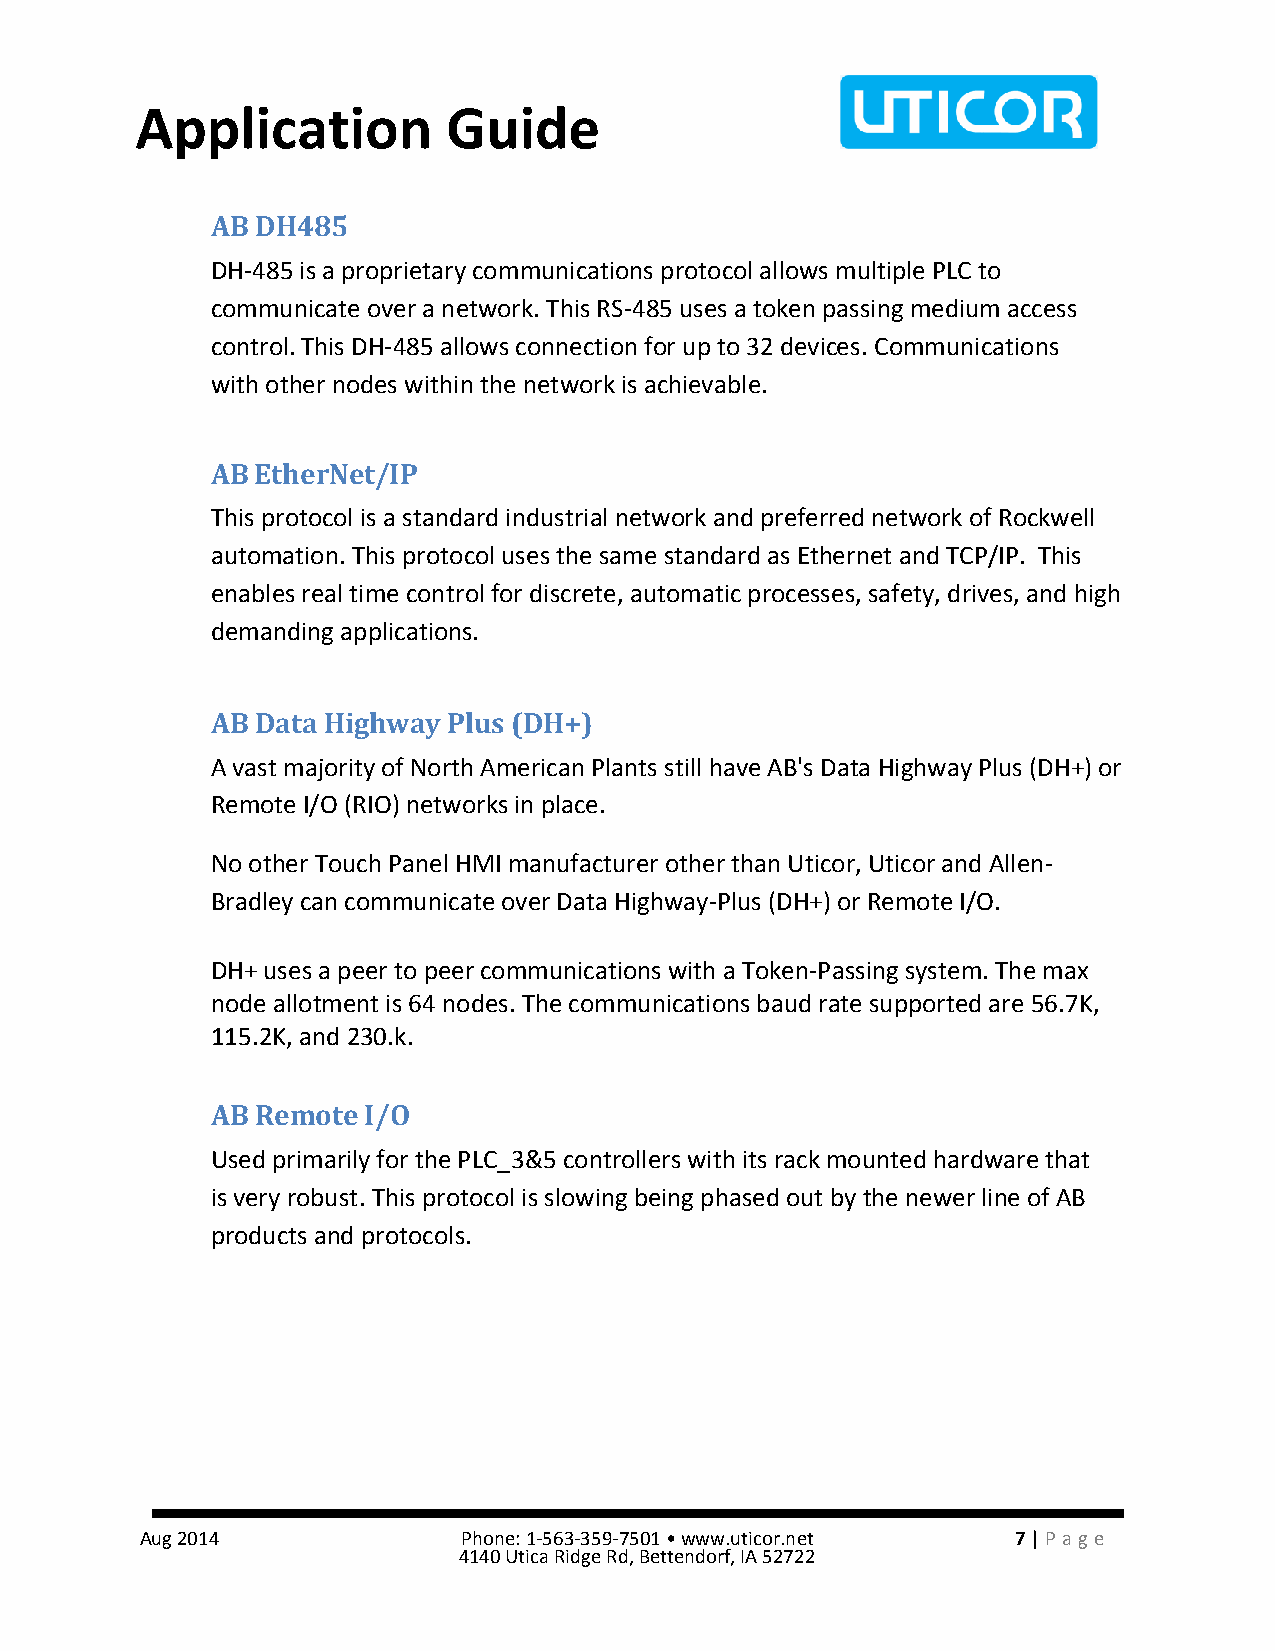
Application          Guide
 AB DH485
 DH-485 is a proprietary communications protocol allows multiple PLC to
 communicate over a network. This RS-485 uses a token passing medium access
 control. This DH-485 allows connection for up to 32 devices. Communications
 with other nodes within the network is achievable.
 AB EtherNet/IP
 This protocol is a standard industrial network and preferred network of Rockwell
 automation. This protocol uses the same standard as Ethernet and TCP/IP. This
 enables real time control for discrete, automatic processes, safety, drives, and high
 demanding applications.
 AB Data Highway Plus (DH+)
 A vast majority of North American Plants still have AB's Data Highway Plus (DH+) or
 Remote I/O (RIO) networks in place.
 No other Touch Panel HMI manufacturer other than Uticor, Uticor and Allen-
 Bradley can communicate over Data Highway-Plus (DH+) or Remote I/O.
 DH+ uses a peer to peer communications with a Token-Passing system. The max
 node allotment is 64 nodes. The communications baud rate supported are 56.7K,
 115.2K, and 230.k.
 AB Remote I/O
 Used primarily for the PLC_3&5 controllers with its rack mounted hardware that
 is very robust. This protocol is slowing being phased out by the newer line of AB
 products and protocols.
 Aug 2014              Phone: 1-563-359-7501 • www.uticor.net 7 | Pa ge
 4140 Utica Ridge Rd, Bettendorf, IA 52722